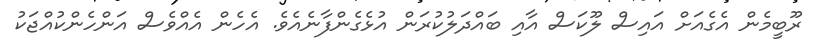
ރޫބީމެން އެގެއަށް އައިސް ލޫކަސް އާއި ބައްދަލުކުރަން އުޅެގެންފާނެއެވެ. އެހެން އެއްވެސް އަންހެންކުއްޖަކު